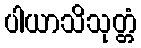
ပါယာသိသုတ္တံ